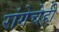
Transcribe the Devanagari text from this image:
रांगेचेही